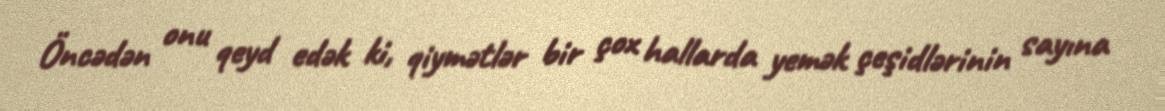
Öncədən onu qeyd edək ki, qiymətlər bir çox hallarda yemək çeşidlərinin sayına